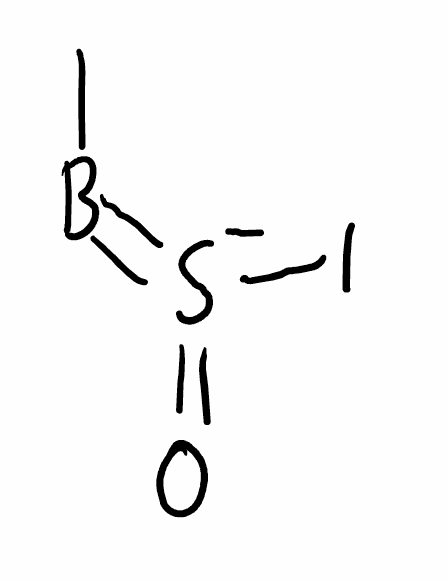
Simplified molecular-input line-entry system (SMILES) notation of the given molecule:
B(=[S-](=O)I)C